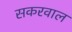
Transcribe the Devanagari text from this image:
सकरवाल